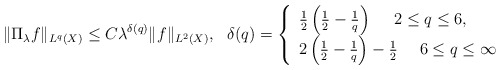
\begin{align*} \| \Pi_\lambda f \|_{L^q (X)} \leq C \lambda^{\delta(q)} \| f \|_{L^2 (X)}, \ \ \delta(q) = \left\{ \begin{array}{l} \frac{1}{2} \left( \frac12 - \frac{1}{q} \right) \ \ \ \ 2 \leq q \leq 6, \\ 2 \left( \frac12 - \frac1{q} \right) - \frac12 \ \ \ \ 6 \leq q \leq \infty \end{array} \right. \end{align*}